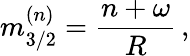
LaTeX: m_{3/2}^{(n)}=\frac{n+\omega}{R}\, ,